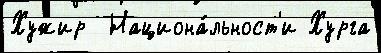
Хужир  Национа́льност'и Хурга